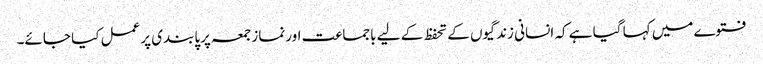
فتوے میں کہا گیا ہے کہ انسانی زندگیوں کے تحفظ کے لیے باجماعت اورنمازجمعہ پرپابندی پرعمل کیا جائے۔